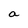
Character: a